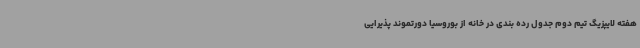
هفته لایپزیگ تیم دوم جدول رده بندی در خانه از بوروسیا دورتموند پذیرایی